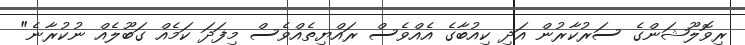
ރިވޮލޫޝަންގެ ސަރުކާރުން އަދި ކިއުބާގެ އެއްވެސް ރައްޔިތެއްވެސް މިފަދަ ކަމެއް ގަބޫލެއް ނުކުރާނެ"